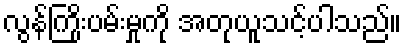
လွန်ကြိုးပမ်းမှုကို အတုယူသင့်ပါသည်။